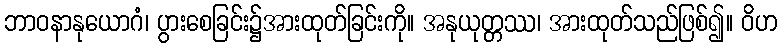
ဘာဝနာနုယောဂံ၊ ပွားစေခြင်း၌အားထုတ်ခြင်းကို။ အနုယုတ္တဿ၊ အားထုတ်သည်ဖြစ်၍။ ဝိဟ